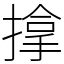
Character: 𢲡